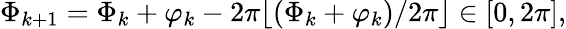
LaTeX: \Phi_{k+1}=\Phi_{k}+\varphi_{k}-2\pi\lfloor(\Phi_{k}+\varphi_{k})/2\pi\rfloor\in[0,2\pi],